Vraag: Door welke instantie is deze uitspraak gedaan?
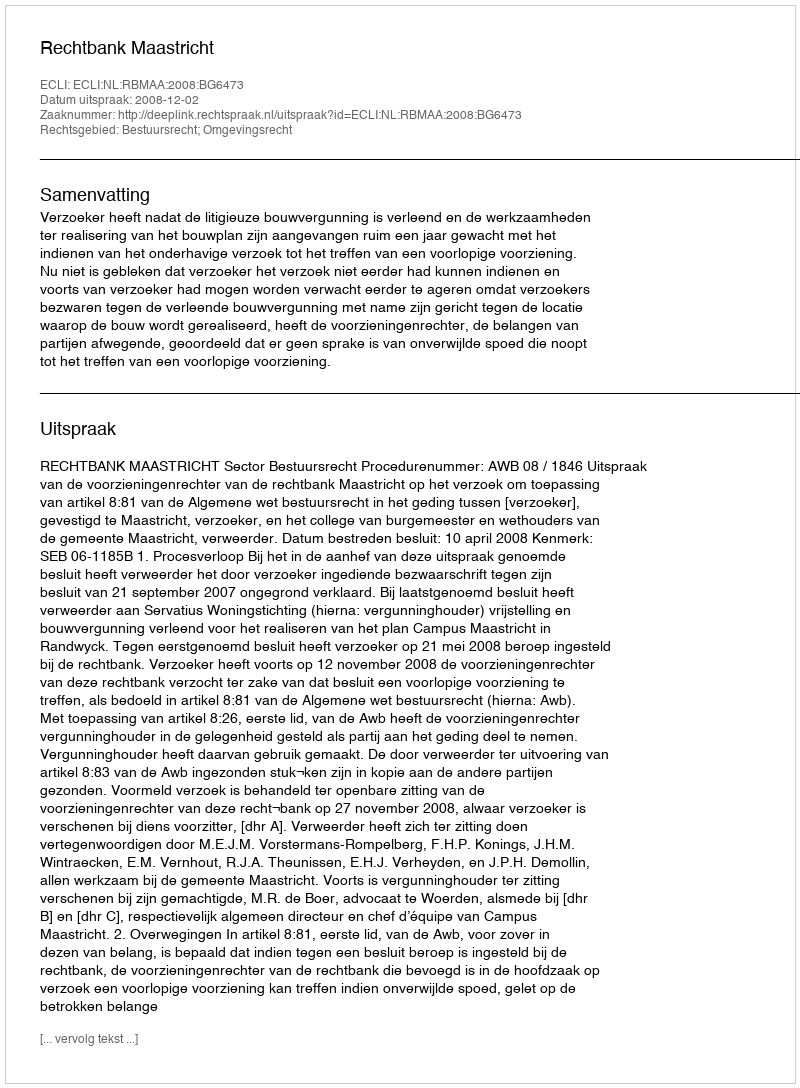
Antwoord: Rechtbank Maastricht